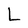
Character: L